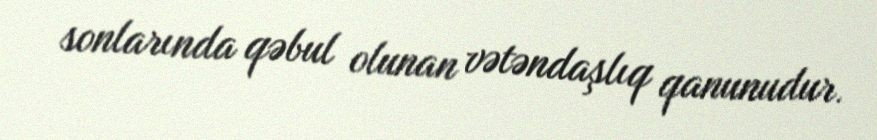
sonlarında qəbul olunan vətəndaşlıq qanunudur.